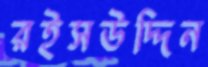
রইসউদ্দিন